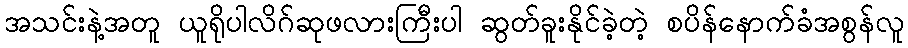
အသင်းနဲ့အတူ ယူရိုပါလိဂ်ဆုဖလားကြီးပါ ဆွတ်ခူးနိုင်ခဲ့တဲ့ စပိန်နောက်ခံအစွန်လူ